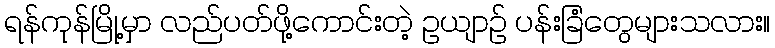
ရန်ကုန်မြို့မှာ လည်ပတ်ဖို့ကောင်းတဲ့ ဥယျာဉ် ပန်းခြံတွေများသလား။